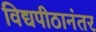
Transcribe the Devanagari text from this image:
विद्यपीठानंतर